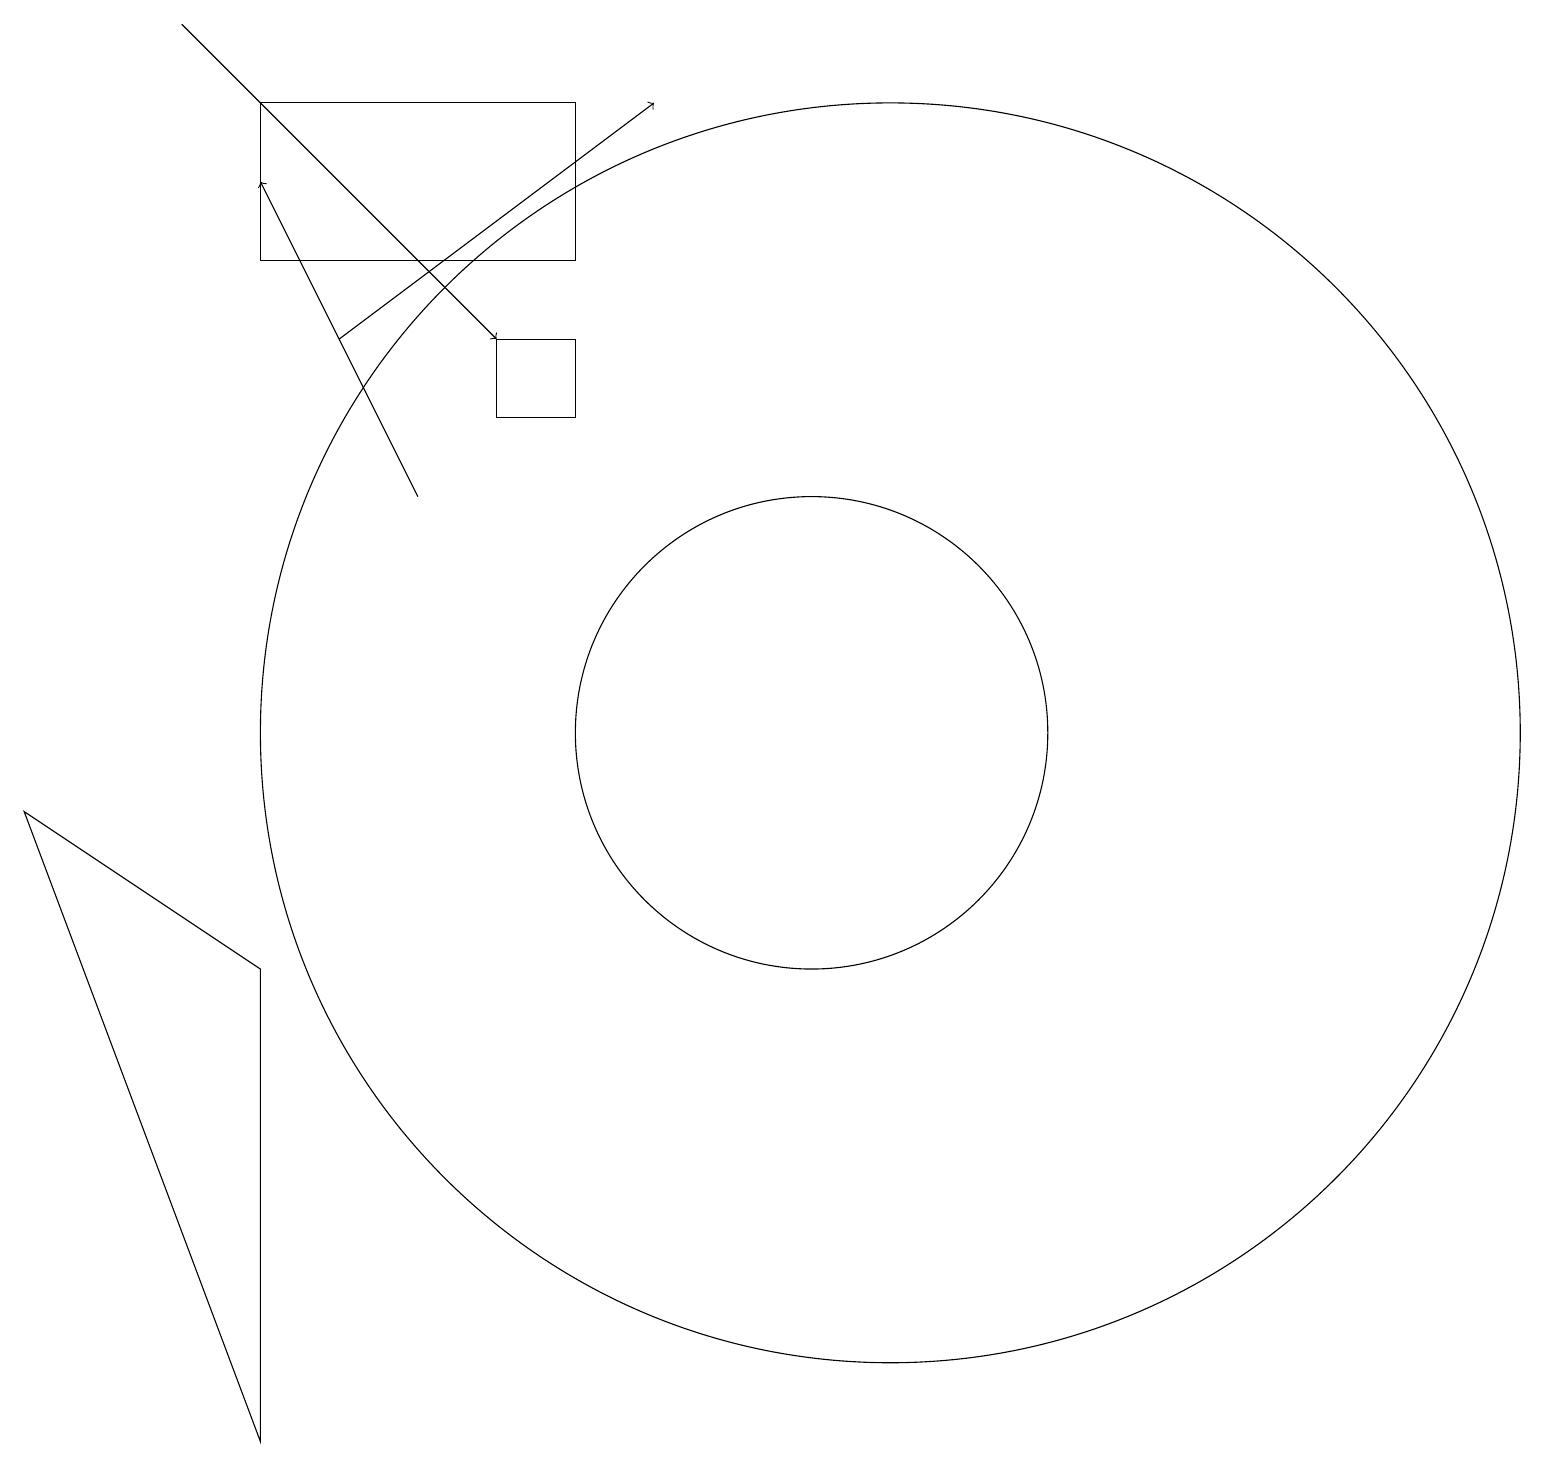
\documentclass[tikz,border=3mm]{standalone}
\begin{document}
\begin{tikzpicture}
\draw[->] (3,19) -- (7,15);
\draw[->] (6,13) -- (4,17);
\draw (11,10) circle (3);
\draw (12,10) circle (8);
\draw (4,16) rectangle (8,18);
\draw[->] (5,15) -- (9,18);
\draw (1,9) -- (4,7) -- (4,1) -- cycle;
\draw (7,14) rectangle (8,15);
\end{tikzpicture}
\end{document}